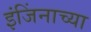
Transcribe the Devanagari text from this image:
इंजिंनाच्या